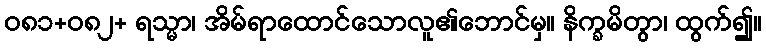
ဝ၈၁+၀၈၂+ ရသ္မာ၊ အိမ်ရာထောင်သောလူ၏ဘောင်မှ။ နိက္ခမိတွာ၊ ထွက်၍။